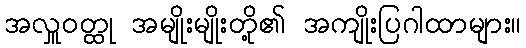
အလှူဝတ္ထု အမျိုးမျိုးတို့၏ အကျိုးပြဂါထာများ။